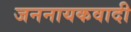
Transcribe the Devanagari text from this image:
जननायकवादी